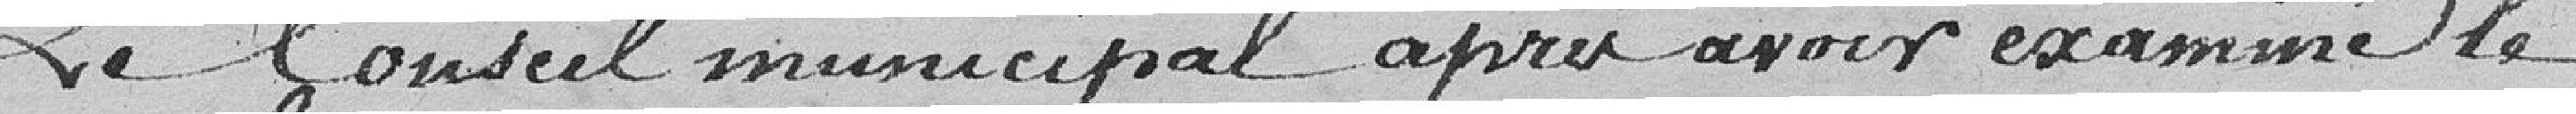
Le Conseil municipal après avoir examiné le